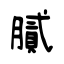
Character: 膩